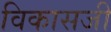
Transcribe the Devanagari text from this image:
विकासजी